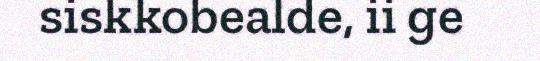
siskkobealde, ii ge